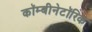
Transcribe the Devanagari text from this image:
कॉम्बीनेटॉरिक